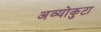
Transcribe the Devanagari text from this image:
अव्योकुटा